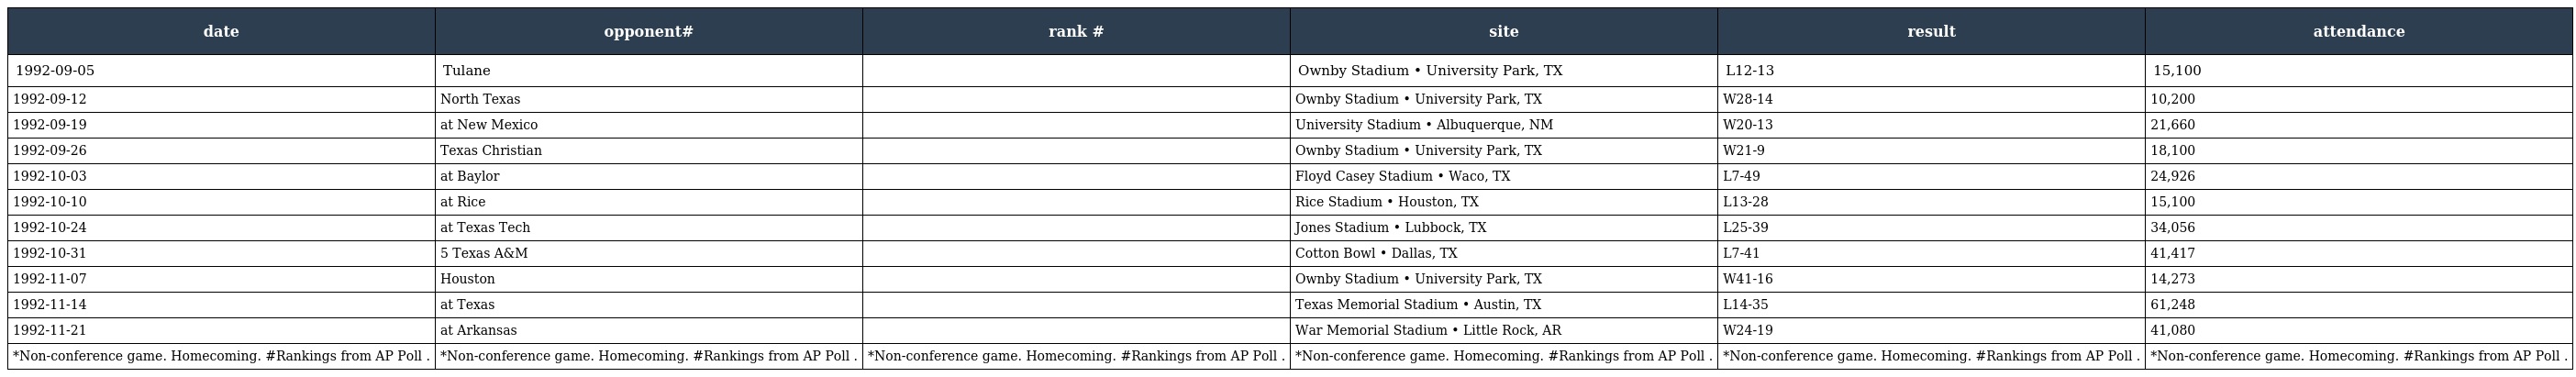
| date | opponent# | rank # | site | result | attendance |
 | --- | --- | --- | --- | --- | --- |
 | 1992-09-05 | Tulane |  | Ownby Stadium • University Park, TX | L12-13 | 15,100 |
 | 1992-09-12 | North Texas |  | Ownby Stadium • University Park, TX | W28-14 | 10,200 |
 | 1992-09-19 | at New Mexico |  | University Stadium • Albuquerque, NM | W20-13 | 21,660 |
 | 1992-09-26 | Texas Christian |  | Ownby Stadium • University Park, TX | W21-9 | 18,100 |
 | 1992-10-03 | at Baylor |  | Floyd Casey Stadium • Waco, TX | L7-49 | 24,926 |
 | 1992-10-10 | at Rice |  | Rice Stadium • Houston, TX | L13-28 | 15,100 |
 | 1992-10-24 | at Texas Tech |  | Jones Stadium • Lubbock, TX | L25-39 | 34,056 |
 | 1992-10-31 | 5 Texas A&M |  | Cotton Bowl • Dallas, TX | L7-41 | 41,417 |
 | 1992-11-07 | Houston |  | Ownby Stadium • University Park, TX | W41-16 | 14,273 |
 | 1992-11-14 | at Texas |  | Texas Memorial Stadium • Austin, TX | L14-35 | 61,248 |
 | 1992-11-21 | at Arkansas |  | War Memorial Stadium • Little Rock, AR | W24-19 | 41,080 |
 | *Non-conference game. Homecoming. #Rankings from AP Poll . | *Non-conference game. Homecoming. #Rankings from AP Poll . | *Non-conference game. Homecoming. #Rankings from AP Poll . | *Non-conference game. Homecoming. #Rankings from AP Poll . | *Non-conference game. Homecoming. #Rankings from AP Poll . | *Non-conference game. Homecoming. #Rankings from AP Poll . |